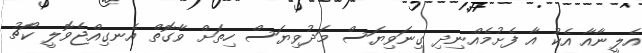
އެލީނާއާ އެކު އާ ފެށުމެއްނިދި ގިނަވިޔަސް މަދުވިޔަސް ހިތަށް ވާގޮތް އެނގިއްޖެވޮލީ ކޯޗު